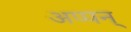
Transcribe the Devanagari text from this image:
अप्पन्